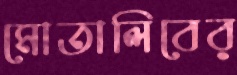
মোতালিবের